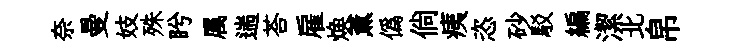
奈曼妓殊盻属遄荅雇焕薰僞倘痍恣砂駁編潔北帛